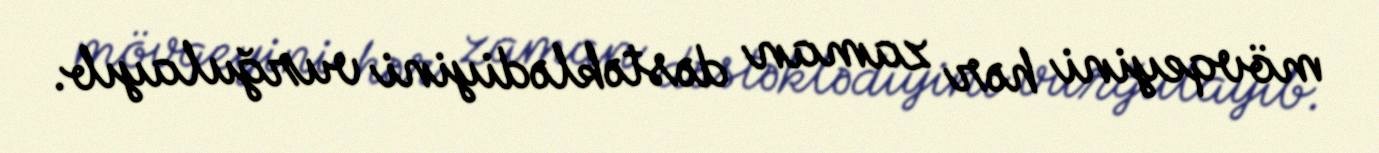
mövqeyini hər zaman dəstəklədiyini vurğulayıb.